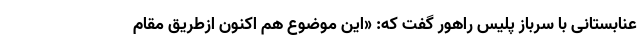
عنابستانی با سرباز پلیس راهور گفت که: «این موضوع هم اکنون ازطریق مقام